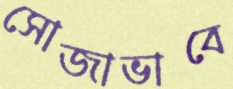
সোজাভাবে